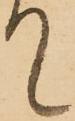
て